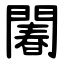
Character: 䦮